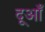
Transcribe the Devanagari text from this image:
दूआँ